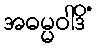
အဓမ္မဝါဒိံ